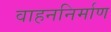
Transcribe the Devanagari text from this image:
वाहननिर्माण